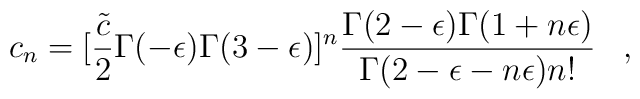
c_n=[{\tilde c\over2}\Gamma(-\epsilon)\Gamma(3-\epsilon)]^n\frac{\Gamma(2-\epsilon)\Gamma(1+n\epsilon)}{\Gamma(2-\epsilon-n\epsilon)n!}\;\;\;,